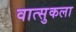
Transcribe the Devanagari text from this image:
वात्सुकला